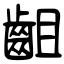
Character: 齟